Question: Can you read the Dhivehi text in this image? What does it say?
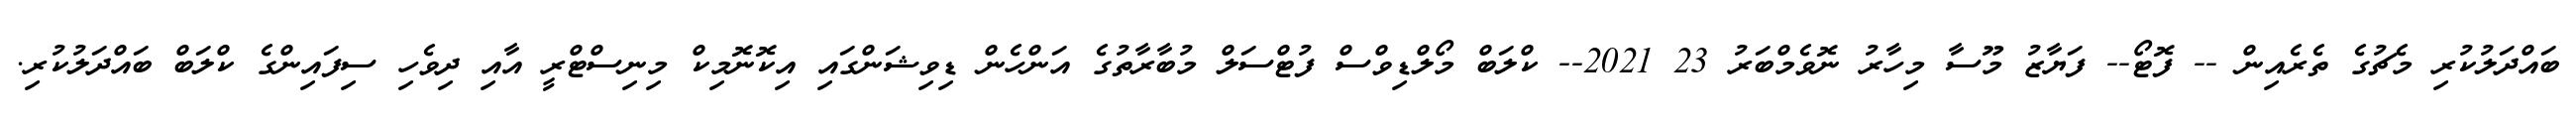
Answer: ބައްދަލުކުރި މެޗުގެ ތެރެއިން -- ފޮޓޯ-- ފަޔާޒު މޫސާ މިހާރު ނޮވެމްބަރު 23 2021-- ކްލަބް މޯލްޑިވްސް ފުޓްސަލް މުބާރާތުގެ އަންހެން ޑިވިޝަންގައި އިކޮނޮމިކް މިނިސްޓްރީ އާއި ދިވެހި ސިފައިންގެ ކްލަބް ބައްދަލުކުރި.